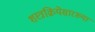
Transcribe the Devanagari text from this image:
शस्त्रक्रियेसारख्या